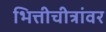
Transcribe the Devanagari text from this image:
भित्तीचीत्रांवर